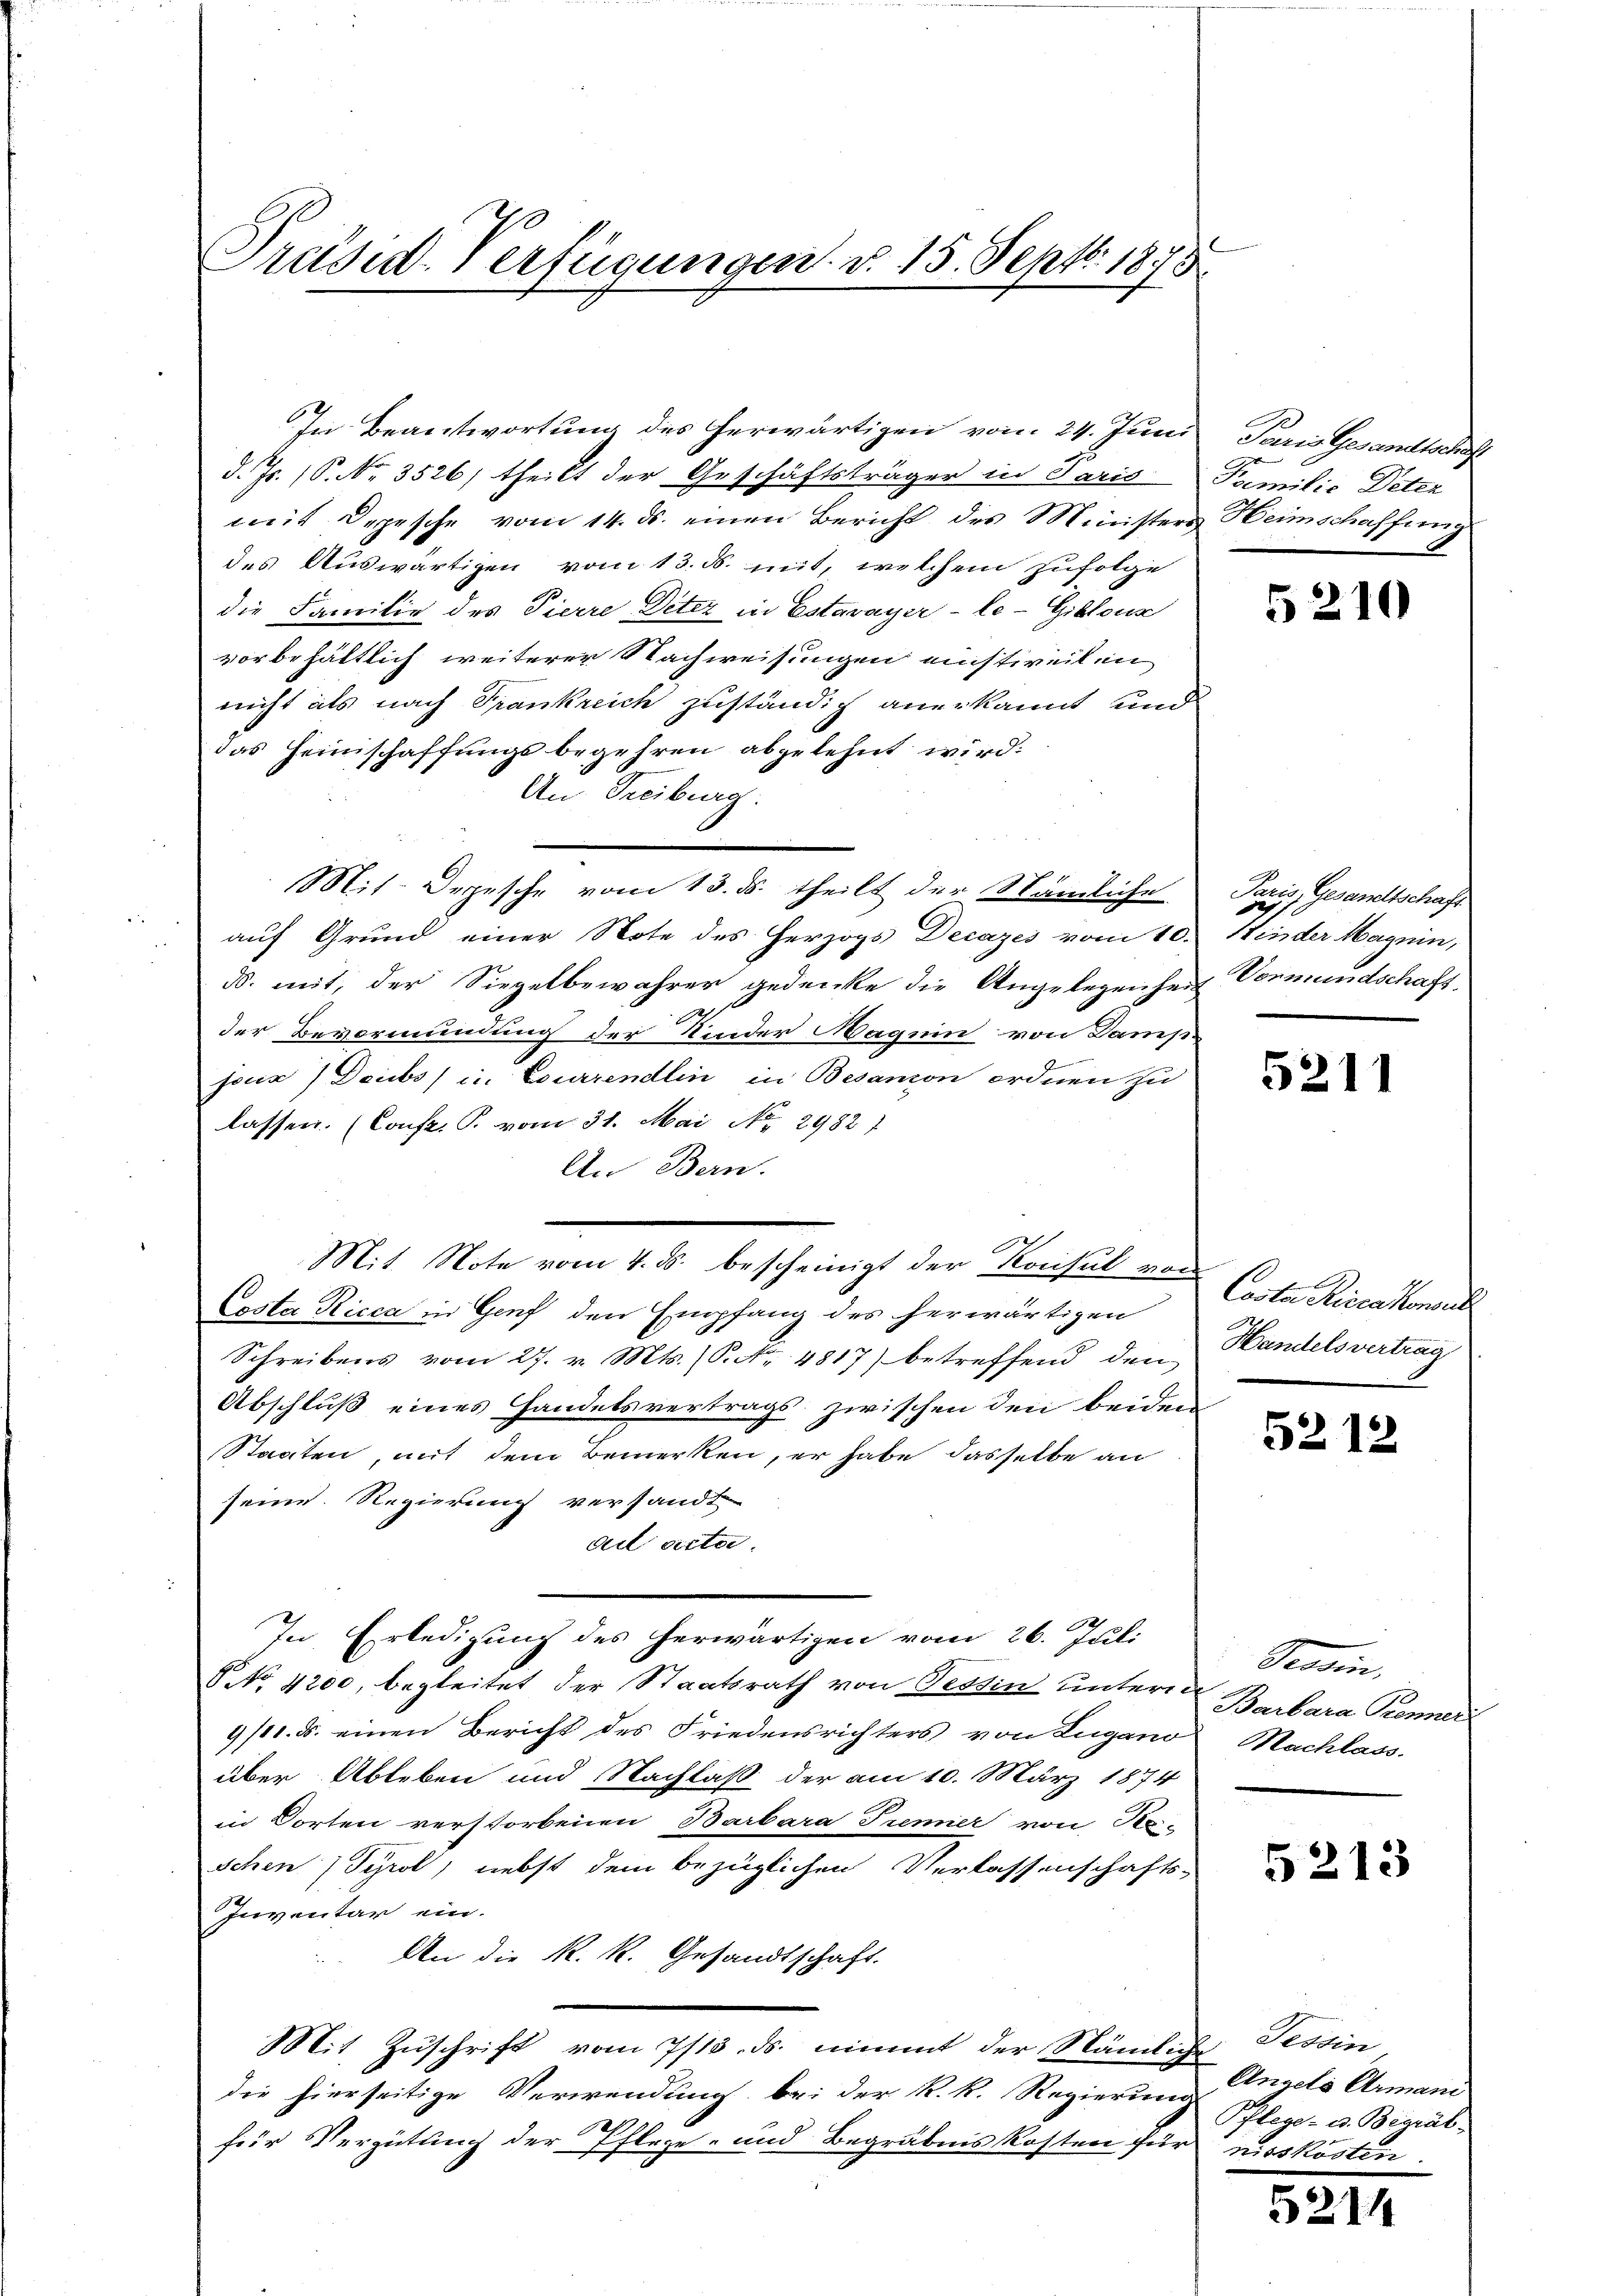
Präsid. Verfügungen d. 15. Sept. 1875

In Beantwortung des herwärtigen vom 24. Juni, Paris Gesandten
d. Js. (S. Nr. 3526) theilt der Geschäftsträger in Paris Familie Deter
mit Depesche vom 14. ds. einen Bericht des Ministers Heimschaffung
des Auswärtigen vom 13. d. mit, welchem Zufolge
die Familie des Pierre Deter in Estavayer-le-Giblous
vorbehältlich weiterer Nachweisungen einstweilen
nicht als nach Trankreich zuständig anerkannt und
das Heimschaffungsbegehren abgelehnt wird:
An Freiburg.
Mit. Depesche vom 13. ds. theilt der Nämliche
auf Grund einer Note des Herzogs Decazes vom 10.
ds. mit, der Siegelbewahrer gedenke die Angelegenheit Vormundschaft,
der Bevormundung der Kinder Magnin von Damp-
Jocix) Deubs) in Courrendlin in Besanon ordnen zu
lassen. (Confr. P. vom 31. Mai No 2982)
An Bern.
Mit Note vom 4. ds. bescheinigt der Konsul von
Costa Ricca in Genf den Empfang des herwärtigen
Schreibens vom 27. v. Mts. (S. Nr. 4817) betreffend den
Abschluß eines Handelsvertrags zwischen den beiden
Staaten, mit dem Bemerken, er habe dasselbe an
seine Regierung versandt
ail acta.
In Erledigung des herwärtigen vom 26. Juli
 NNo. 4200, begleitet der Staatsrath von Tessin untern
9/11. §. einen Bericht des Friedensrichters von Lugano
über Ableben und Nachlaß der am 10. März 1874
in Dorten verstorbenen Barbara Trenner von Ne-
schen Tyrol, nebst dem bezüglichen Verlassenschafts-
Inventar ein.
An die K. K. Gesandtschaft.
Mit Zuschrift vom 7/13. ds. nimmt der Nämliche Tessin
die hierseitige Verwendung bei der K. R. Regierung
für Vergütung der Pflege- und Begräbnis kosten für misskosten.

2

5210

Pazis, Gesandtschaft
Hinder Magnin,

5211

Costa Risca konnt
Handelsvertrag

5212

Provin
Barbara Kenner
Nachlass.

5213

Angela Armani
Pflege- u. Begräb

5214